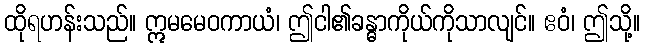
ထိုရဟန်းသည်။ ဣမမေဝကာယံ၊ ဤငါ၏ခန္ဓာကိုယ်ကိုသာလျင်။ ဧဝံ၊ ဤသို့။